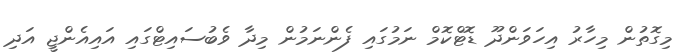
މިގޮތުން މިހާރު އިހަވަންދޫ ޑޮޓްކޮމް ނަމުގައި ފެންނަމުން މިދާ ވެބުސައިޓްގައި އައިއެންޖީ އަދި